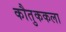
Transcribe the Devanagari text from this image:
कौतुककला